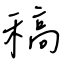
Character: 稿